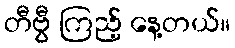
တီဗွီ ကြည့် နေ့တယ်။